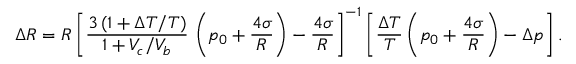
\Delta R = R \left[ \frac { 3 \, ( 1 + \Delta T / T ) } { 1 + V _ { c } / V _ { b } } \, \left( p _ { 0 } + \frac { 4 \sigma } { R } \right) - \frac { 4 \sigma } { R } \right] ^ { - 1 } \left[ \frac { \Delta T } { T } \left( p _ { 0 } + \frac { 4 \sigma } { R } \right) - \Delta p \right] .